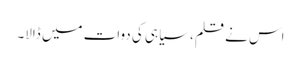
اس نے قلم، سیاہی کی دوات میں ڈالا۔